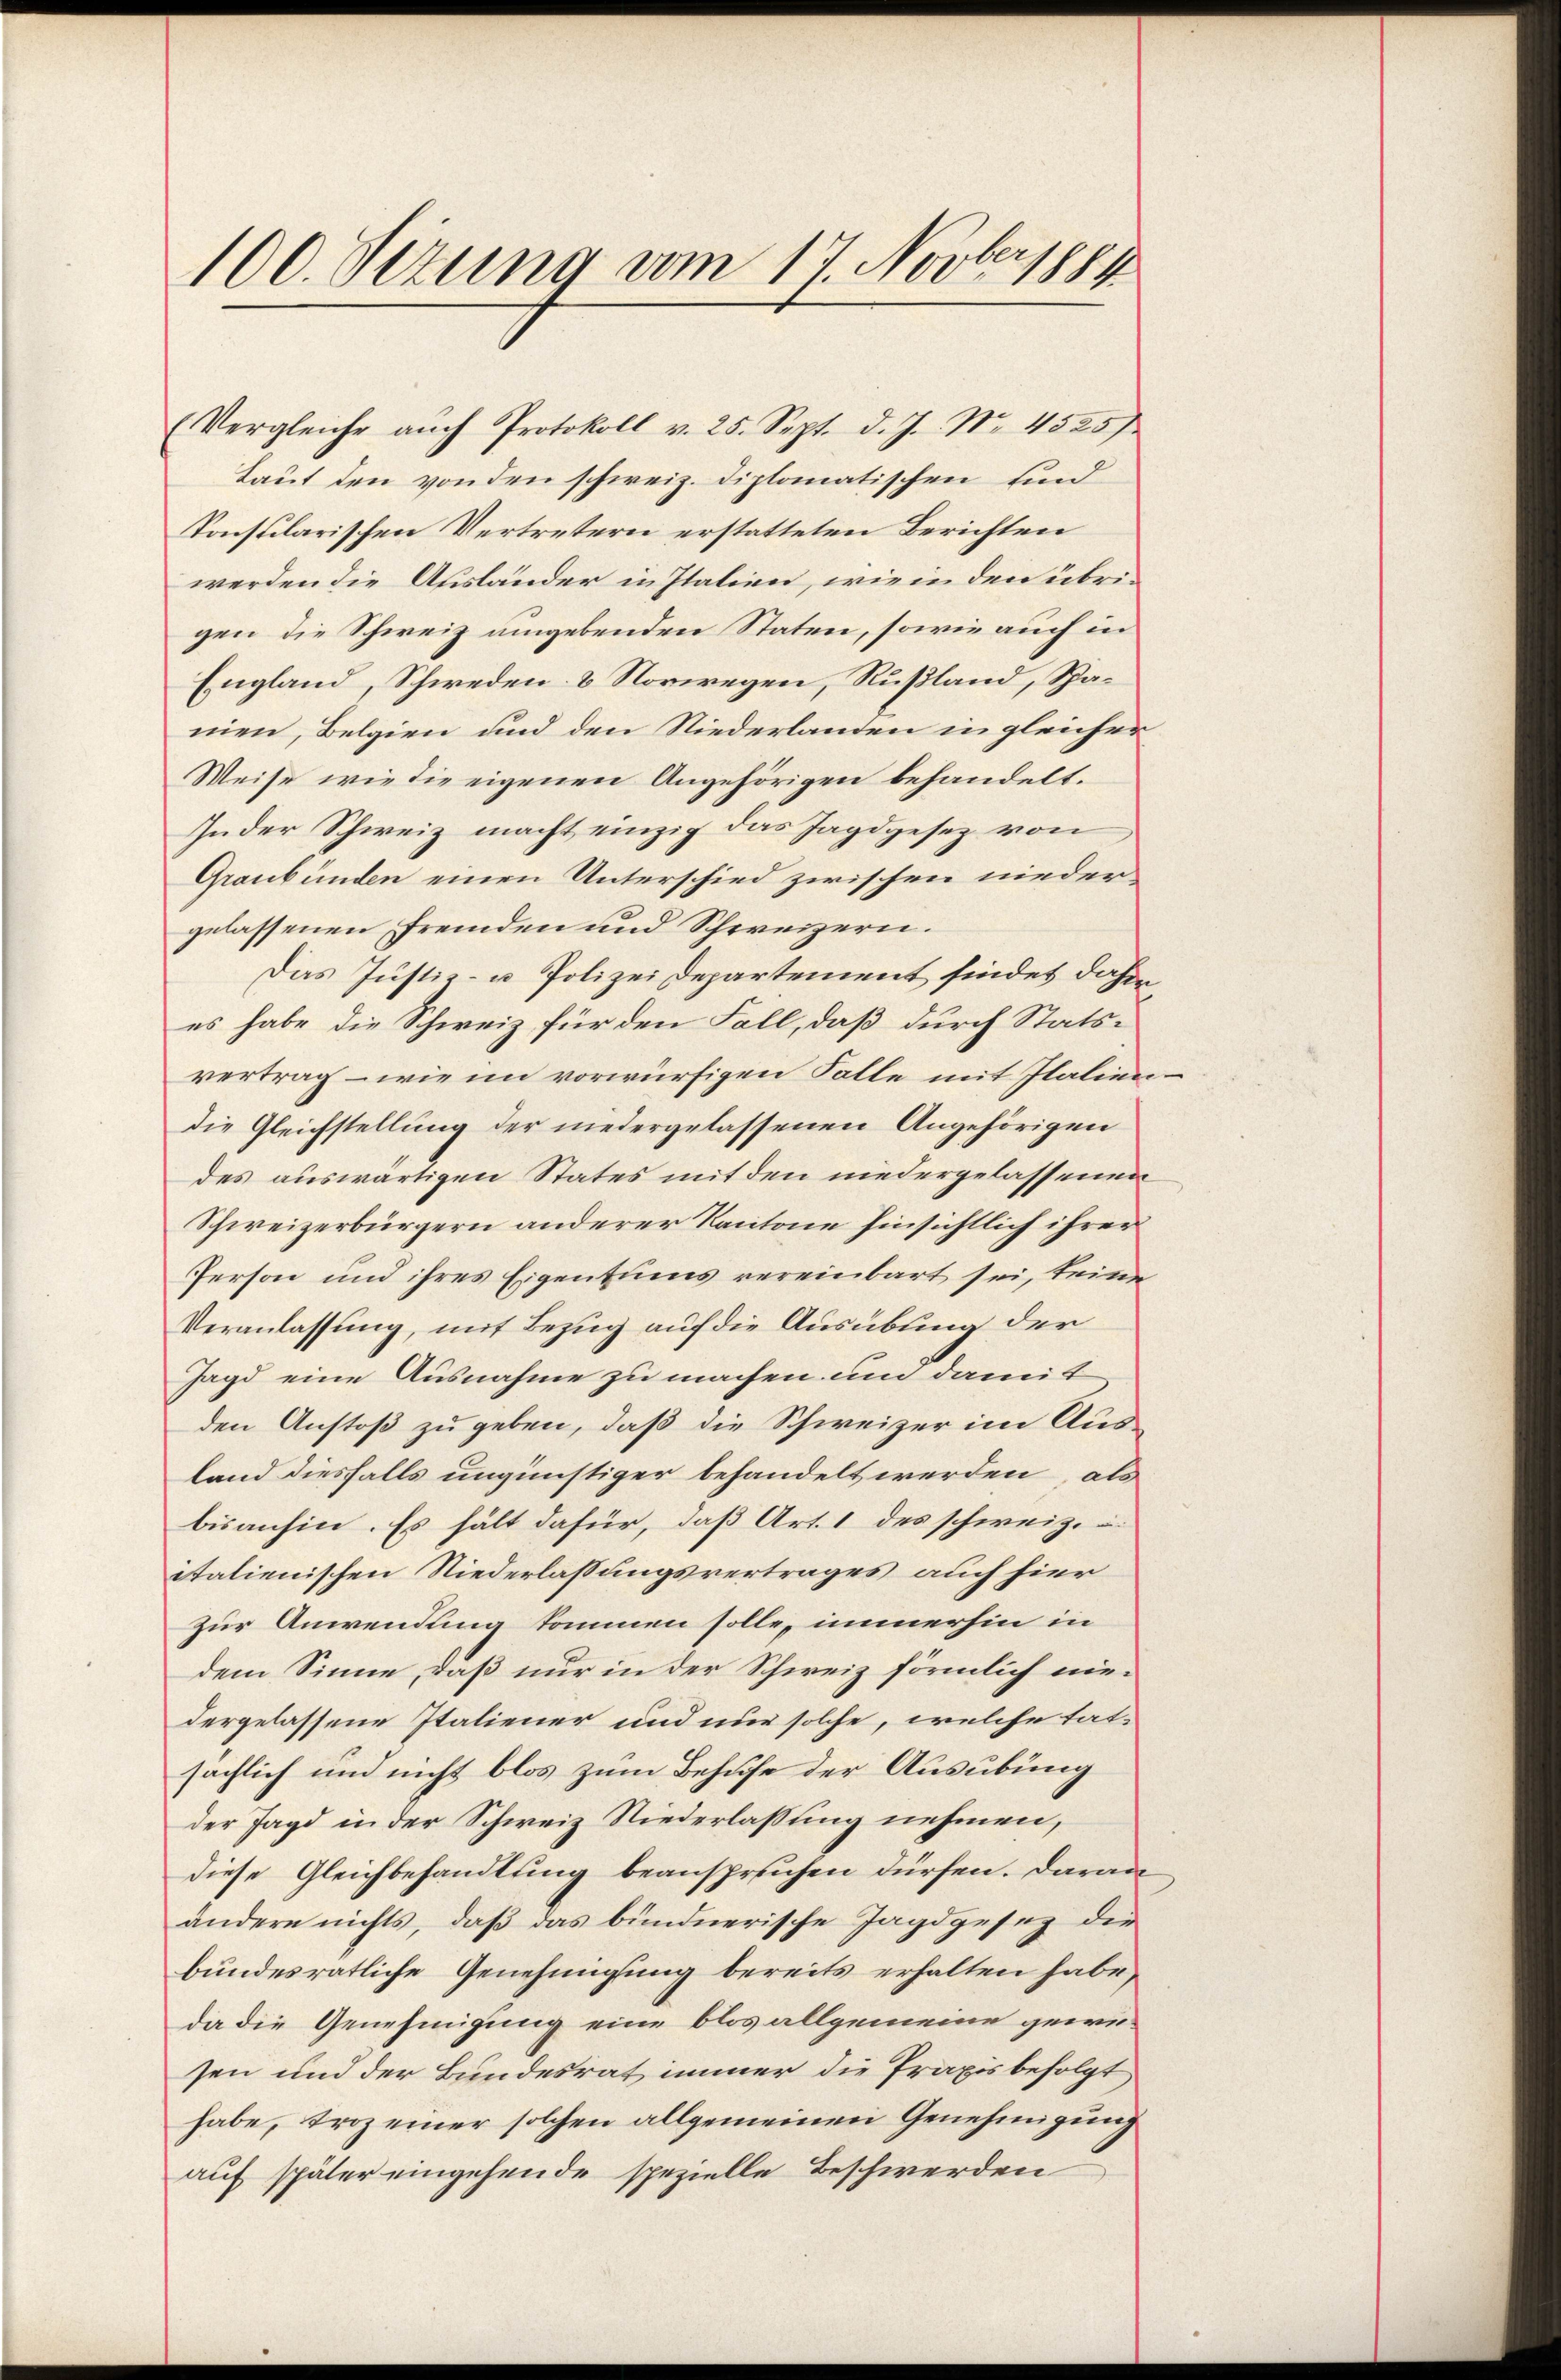
100. Sezung vom 17. Novber 1889

(Vergleiche auch Protokoll v. 25. Sept. d. J. Nr. 4525).
Laut den von den schweiz. diplomatischen sind
Konsularischen Vertretern erstatteten Berichten
werden die Ausländer in Italien, wie in den übrigen die Schweiz umgebenden Staten, sowie auch in
England, Schweden & Norwegen, Rußland, Spamien, Belgien und den Niederlanden in gleicher
Weise wie die eigenen Angehörigen behandelt.
In der Schweiz macht einzig das Jagdgesez von
Graubünden einen Unterschied zwischen niedergelassenen Fremden und Schweizern.
Das Justiz- u Polizei Departement findet dahin
es habe die Schweiz für den Fall, daß durch Statsvertrag – wie im vorwürfigen Falle mit Italiendie Gleichstellung der niedergelassenen Angehörigen
des auswärtigen States mit den niedergelassenen
Schweizerbürgern anderer Kantone hinsichtlich ihrer
Person und ihres Eigentums vereinbart sei, keine
Veranlassung, mit Bezug auf die Ausübung der
Jagd eine Ausnahme zu machen um damit
den Anstoß zu geben, daß die Schweizer im Ausland diesfalls ungünstiger behandelt werden, als
bisanhin. Es hält dafür, daß Art. 1 des schweiz.
italienischen Niederlassungsvertrages auch hier
zur Anwendung kommen solle, immerhin in
dem Sinne, daß nur in der Schweiz förmlich niedergelassene Italiener und nur solche, welche tatsächlich und nicht blos zum Behufe der Ausübung
der Jagd in der Schweiz Niederlassung nehmen,
diese Gleichbehandlung beanspruchen dürfen. Daran
andern nichts, daß das bündnerische Jagdgesez die
bundesrätliche Genehmigung bereits erhalten habe,
da die Genehmigung eine blos allgemeine gewesen und der Bundesrat immer die Praxis befolgt
habe, troz einer solchen allgemeinen Genehmigung
auf später eingehende spezielle Beschwerden